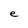
Character: e